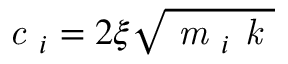
\textit { c } _ { i } = 2 \xi \sqrt { \textit { m } _ { i } \textit { k } }